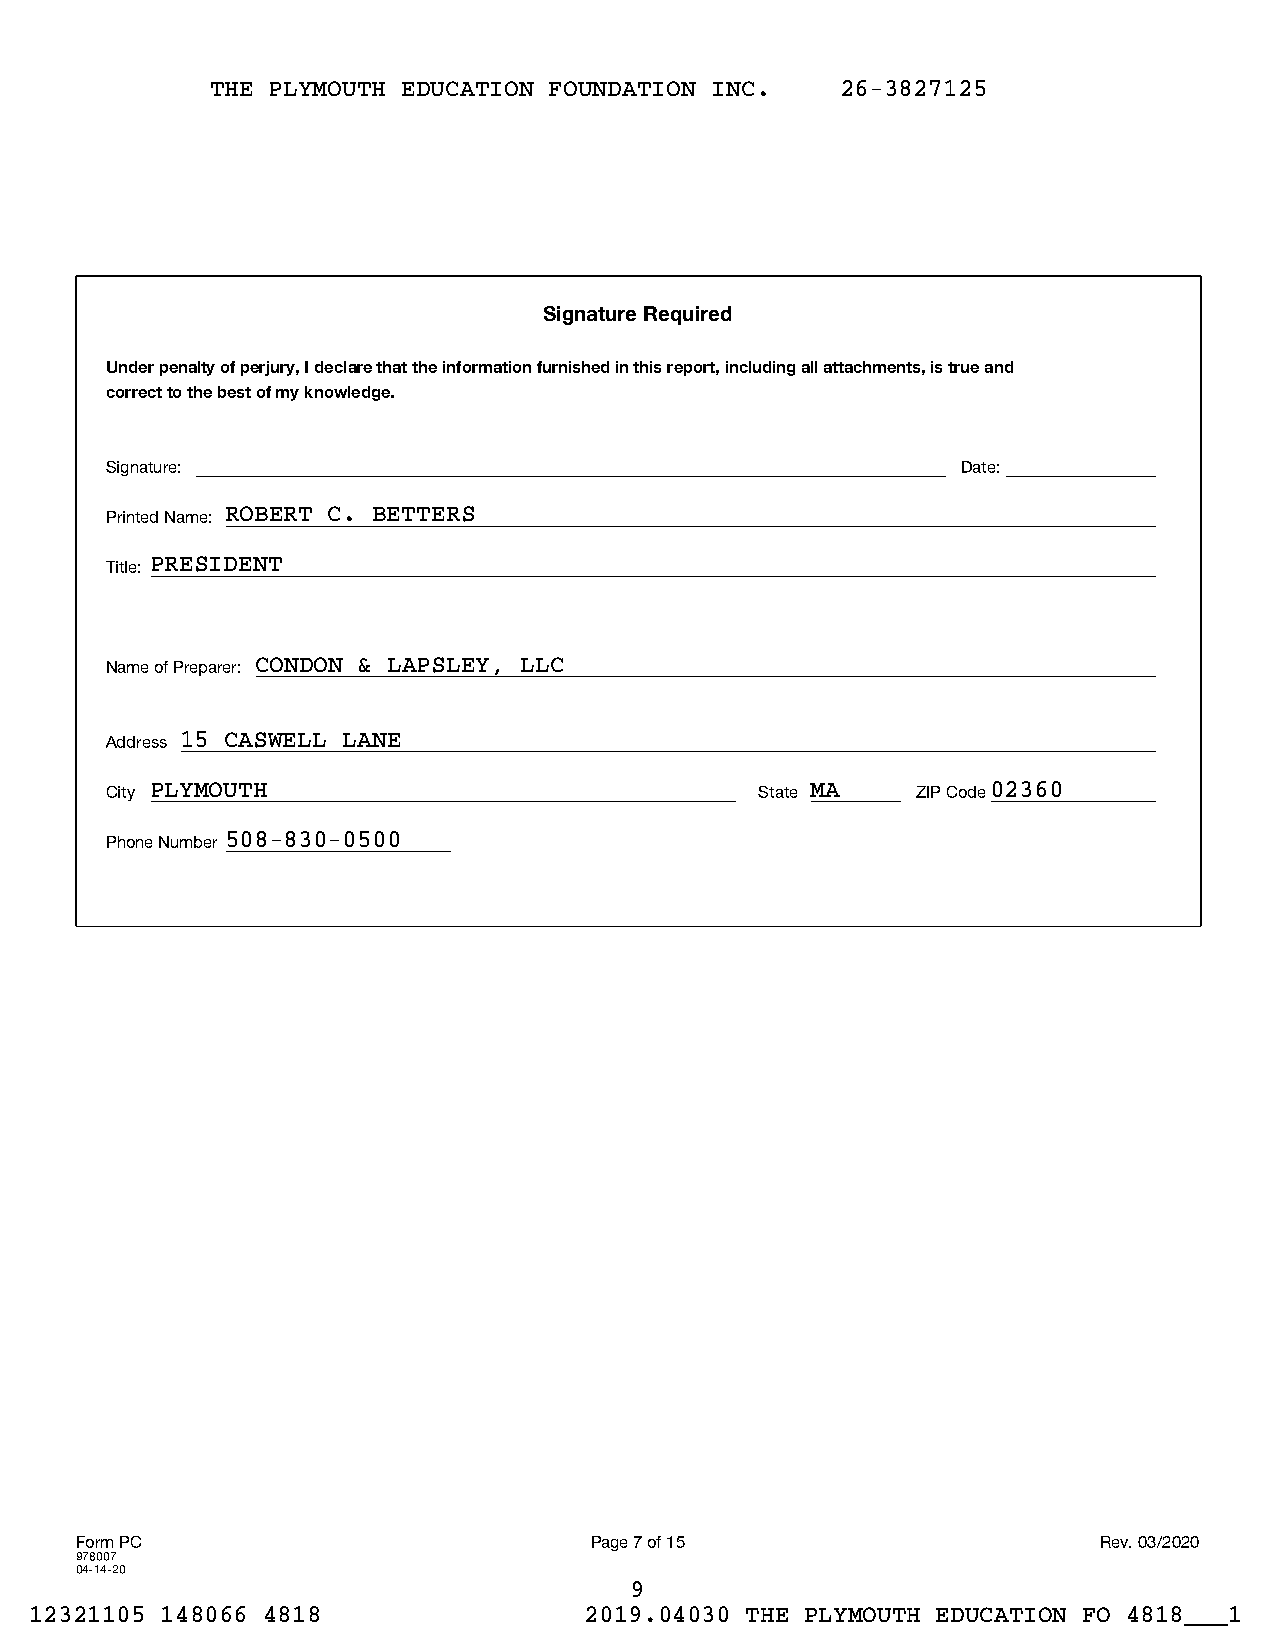
THE PLYMOUTH EDUCATION FOUNDATION INC.    26-3827125
 Signature Required
 Under penalty of perjury, I declare that the information furnished in this report, including all attachments, is true and
 correct to the best of my knowledge.
 Signature:                                               Date:
 Printed Name: ROBERT C. BETTERS
 Title: PRESIDENT
 Name of Preparer: CONDON & LAPSLEY, LLC
 Address 15 CASWELL LANE
 City PLYMOUTH                              State MA   ZIP Code02360
 Phone Number 508-830-0500
 Form PC                           Page 7 of 15                      Rev. 03/2020
 978007
 04-14-20
 9
 12321105 148066 4818                 2019.04030 THE PLYMOUTH EDUCATION FO 4818___1